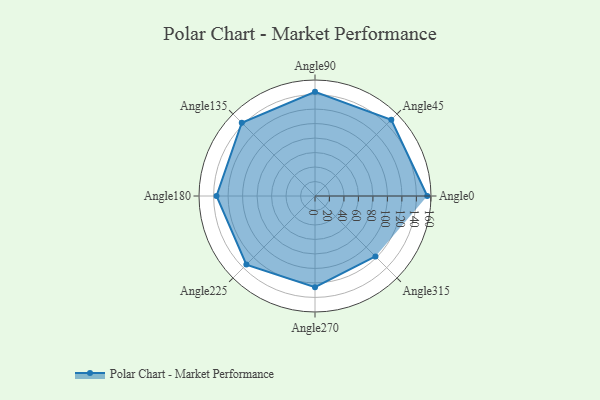
{"axis": {"x": "Angle", "y": "Radius"}, "legend": [""], "data": [{"x": "Angle0", "y": 155.0, "type": ""}, {"x": "Angle45", "y": 149.0, "type": ""}, {"x": "Angle90", "y": 144.0, "type": ""}, {"x": "Angle135", "y": 143.0, "type": ""}, {"x": "Angle180", "y": 136.0, "type": ""}, {"x": "Angle225", "y": 134.0, "type": ""}, {"x": "Angle270", "y": 126.0, "type": ""}, {"x": "Angle315", "y": 118.0, "type": ""}]}